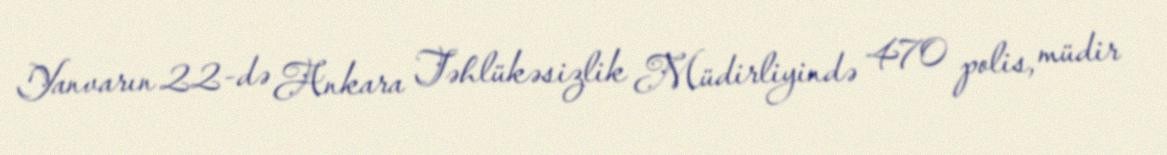
Yanvarın 22-də Ankara Təhlükəsizlik Müdirliyində 470 polis, müdir